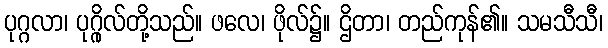
ပုဂ္ဂလာ၊ ပုဂ္ဂိုလ်တို့သည်။ ဖလေ၊ ဖိုလ်၌။ ဌိတာ၊ တည်ကုန်၏။ သမသီသီ၊